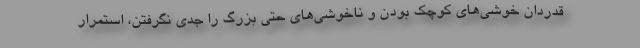
قدردان خوشی‌های کوچک بودن و ناخوشی‌های حتی بزرگ را جدی نگرفتن، استمرار